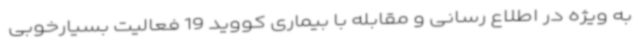
به ویژه در اطلاع رسانی و مقابله با بیماری کووید 19 فعالیت بسیارخوبی